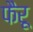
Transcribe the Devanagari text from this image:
फैरू